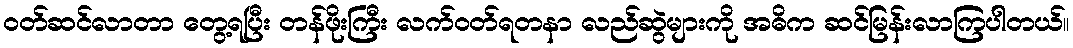
ဝတ်ဆင်လာတာ တွေ့ရပြီး တန်ဖိုးကြီး လက်ဝတ်ရတနာ လည်ဆွဲများကို အဓိက ဆင်မြန်းလာကြပါတယ်။